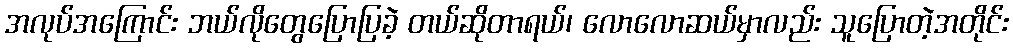
အလုပ်အကြောင်း ဘယ်လိုတွေပြောပြခဲ့ တယ်ဆိုတာရယ်၊ လောလောဆယ်မှာလည်း သူပြောတဲ့အတိုင်း